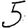
Digit: 5